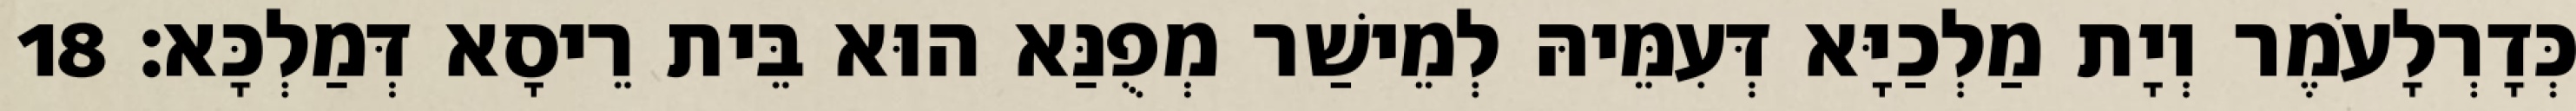
כְּדָרְלָעֹמֶר וְיָת מַלְכַיָּא דְּעִמֵּיהּ לְמֵישַׁר מְפֻנַּא הוּא בֵּית רֵיסָא דְּמַלְכָּא׃ 18